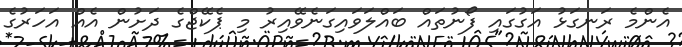
އެންމެ ރަނގަޅު އަގުގައި ފޯނުތައް ބައްލަވައިގަނެވޭއިރު މި ޕެކޭޖްގެ ދަށުން އެއް އަހަރުގެ